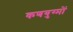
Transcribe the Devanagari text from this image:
कणयुग्मों